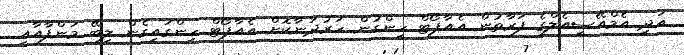
އަދި އެމްއޭސީއެލްގެ ފަރާތުން އެއާޕޯޓް ހިންގުން ހަރުދަނާކޮށް އެއާޕޯޓް ހިންގައިގެން ލިބޭ މަންފާއާއި